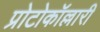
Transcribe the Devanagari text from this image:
प्रोटोकॉल्लारी